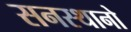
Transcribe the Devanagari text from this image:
सनस्थानो